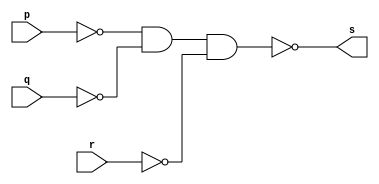
// ------------------------- 
// Exemplo0012 - OR 
// Nome: Luis Vasconcelos Dias 
// ------------------------- 

// ------------------------- 
// -- or gate 
// ------------------------- 
	module orgate ( output s, input p, q, r); 
	assign s = ~(~p & ~q & ~r); // por de Morgan
	endmodule // orgate 
	
// --------------------- 
// -- test or gate 
// --------------------- 
	module testorgate; 
// ------------------------- dados locais 
	reg a, b, c; // definir registradores 
	wire s; // definir conexao (fio) 
// ------------------------- instancia 
	orgate OR1 (s, a, b, c); 
// ------------------------- preparacao 
	initial begin:start 
		a=0; b=0; c=0; 
	end 
// ------------------------- parte principal 
	initial begin 
		$display("Exemplo0012 - Luis Vasconcelos Dias - 412753"); 
		$display("Test OR gate"); 
		$display("\na | b | c = s\n"); 
		a=0; b=0; c=0; 
	#1 $display("%b | %b | %b = %b", a, b, c, s); 
		a=0; b=0; c=1; 
	#1 $display("%b | %b | %b = %b", a, b, c, s); 
		a=0; b=1; c=0; 
	#1 $display("%b | %b | %b = %b", a, b, c, s); 
		a=0; b=1; c=1; 
	#1 $display("%b | %b | %b = %b", a, b, c, s); 
		a=1; b=0; c=0; 
	#1 $display("%b | %b | %b = %b", a, b, c, s);
		a=1; b=0; c=1; 
	#1 $display("%b | %b | %b = %b", a, b, c, s);
		a=1; b=1; c=0; 
	#1 $display("%b | %b | %b = %b", a, b, c, s);
		a=1; b=1; c=1; 
	#1 $display("%b | %b | %b = %b", a, b, c, s);
	end 

endmodule // testorgate 

// ------------------------- testes

/*
	Test OR gate

	a | b | c = s

	0 | 0 | 0 = 0
	0 | 0 | 1 = 1 // retorna 1 se algum de seus bits for igual a 1
	0 | 1 | 0 = 1
	0 | 1 | 1 = 1
	1 | 0 | 0 = 1
	1 | 0 | 1 = 1
	1 | 1 | 0 = 1
	1 | 1 | 1 = 1
*/